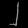
Digit: ၂